Plague in India, 1896, 1897 - Volume 1
Year: 1896
Disease focus: Plague
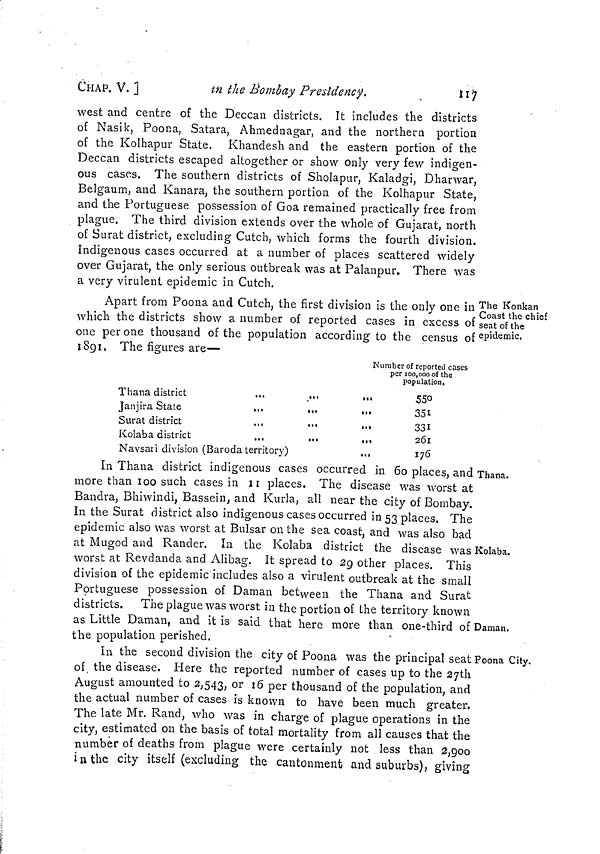
CHAP. V. ]
in the Bombay Presidency.
117
west and centre of the Deccan districts. It includes the districts
of Nasik, Poona, Satara, Ahmednagar, and the northern portion
of the Kolhapur State. Khandesh and the eastern portion of the
Deccan districts escaped altogether or show only very few indigen-
ous cases. The southern districts of Sholapur, Kaladgi, Dharwar,
Belgaum, and Kanara, the southern portion of the Kolhapur State,
and the Portuguese possession of Goa remained practically free from
plague. The third division extends over the whole of Gujarat, north
of Surat district, excluding Cutch, which forms the fourth division.
Indigenous cases occurred at a number of places scattered widely
over Gujarat, the only serious outbreak was at Palanpur. There was
a very virulent epidemic in Cutch.
The Konkan
Coast the chief
seat of the
epidemic.
Apart from Poona and Cutch, the first division is the only one in
which the districts show a number of reported cases in excess of
one per one thousand of the population according to the census of
1891. The figures are—
Number of reported cases
Thana district
...
... ...
Janjira State
...
... ...
Surat district
...
...
,.,
Kolaba district
...
...
...
Navsati division (Baroda territory)
...
per 100,000 of the
population.
550
351
331
261
176
Thana.
Kolaba.
Daman.
In Thana district indigenous cases occurred in 60 places, and
more than 100 such cases in 11 places. The disease was worst at
Bandra, Bhiwindi, Bassein, and Kurla, all near the city of Bombay.
In the Surat district also indigenous cases occurred in 53 places. The
epidemic also was worst at Bulsar on the sea coast, and was also bad
at Mugod and Rander. In the Kolaba district the disease was
worst at Revdanda and Alibag. It spread to 2g other places. This
division of the epidemic includes also a virulent outbreak at the small
Portuguese possession of Daman between the Thana and Surat
districts. The plague was worst in the portion of the territory known
as Little Daman, and it is said that here more than one-third of
the population perished.
Poona City.
In the second division the city of Poona was the principal seat
of, the disease. Here the reported number of cases up to the 27th
August amounted to 2,543, or 16 per thousand of the population, and
the actual number of cases is known to have been much greater.
The late Mr. Rand, who was in charge of plague operations in the
city, estimated on the basis of total mortality from all causes that the
number of deaths from plague were certainly not less than 2,900
in the city itself (excluding the cantonment and suburbs), giving